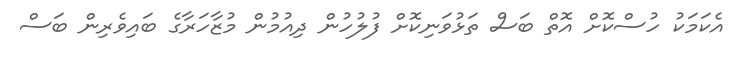
އެކަމަކު ހުސްކޮށް އޮތް ބަސް ތަޅުވަނިކޮށް ފުލުހުން ދިއުމުން މުޒާހަރާގެ ބައިވެރިން ބަސް